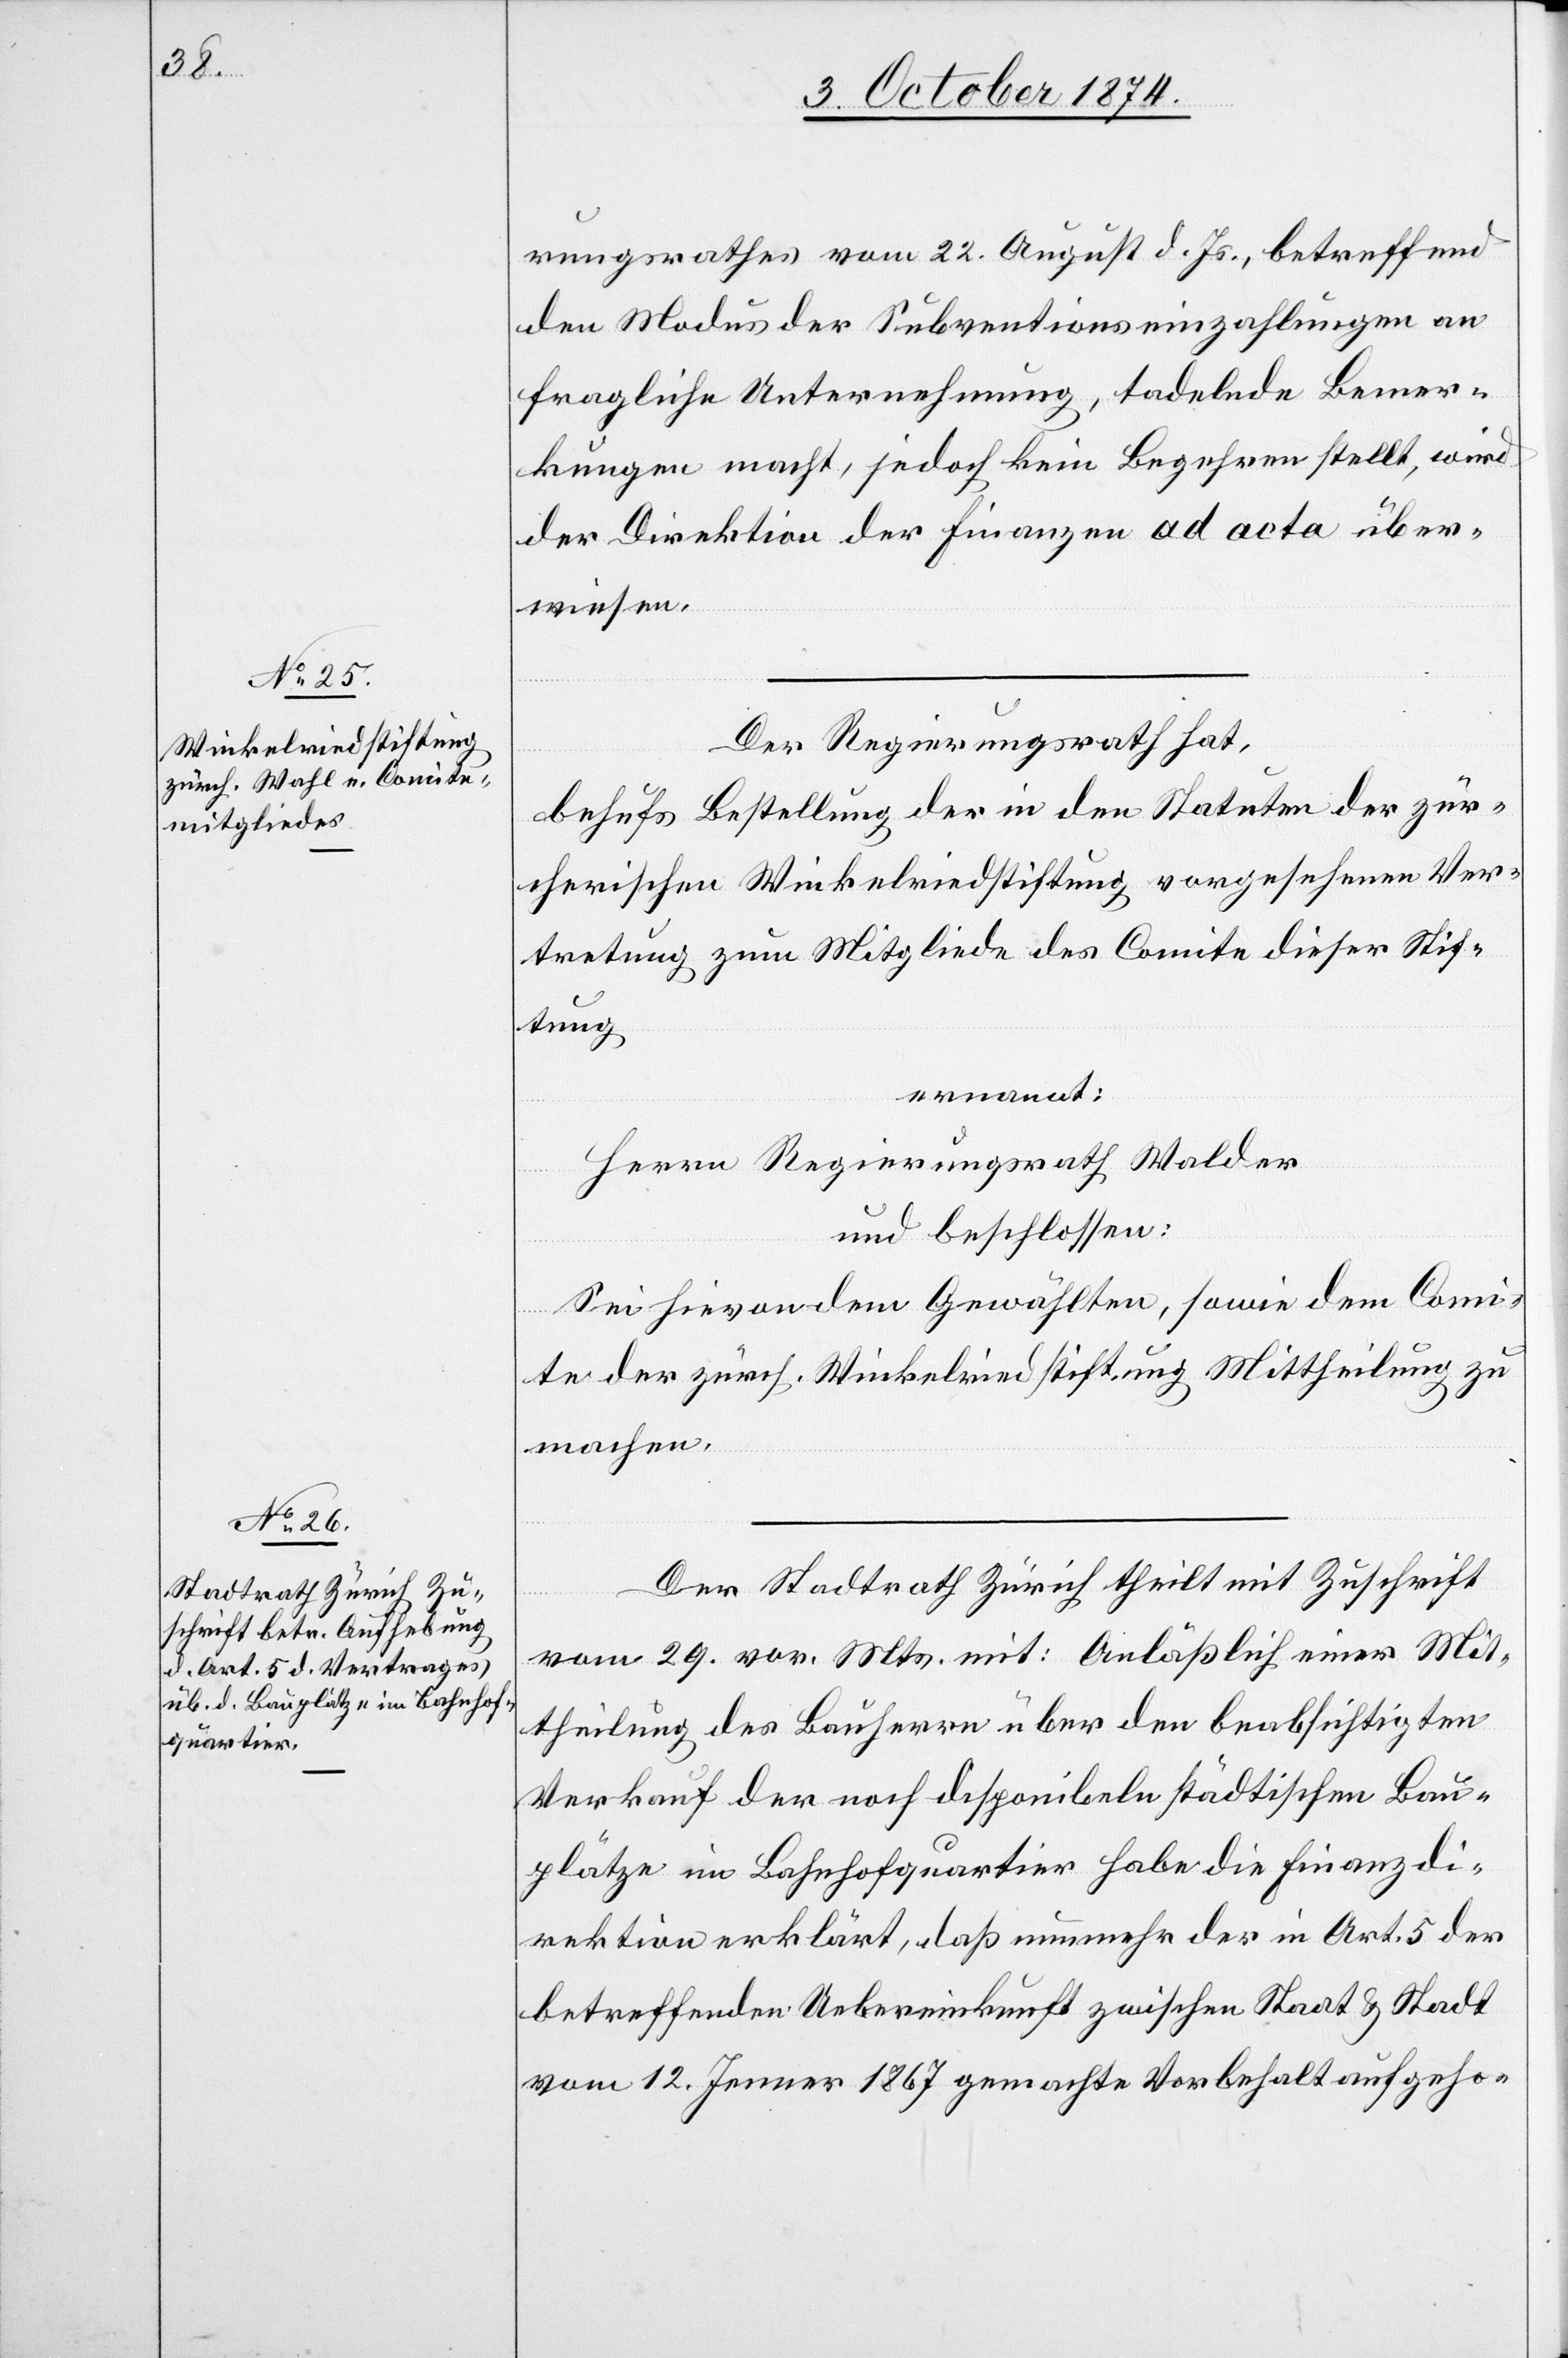
rungsrathes vom 22. August d. Js., betreffend
den Modus der Subventionseinzahlungen an
fragliche Unternehmung, tadelnde Bemer¬
kungen macht, jedoch kein Begehren stellt, wird
der Direktion der Finanzen ad acta über¬
wiesen.
Der Regierungsrath hat,
behufs Bestellung der in den Statuten der zür¬
cherischen Winkelriedstiftung vorgesehenen Ver¬
tretung zum Mitgliede des Comite dieser Stif¬
tung
ernannt:
Herrn Regierungsrath Walder
und beschlossen:
Sei hievon dem Gewählten, sowie dem Comi¬
te der zürch. Winkelriedstiftung Mittheilung zu
machen.
Der Stadtrath Zürich theilt mit Zuschrift
vom 29. vor. Mts. mit: Anläßlich einer Mit¬
theilung des Bauherrn über den beabsichtigten
Verkauf der noch disponibeln städtischen Bau¬
plätze im Bahnhofquartier habe die Finanzdi¬
rektion erklärt, daß nunmehr der in Art. 5 der
betreffenden Uebereinkunft zwischen Staat & Stadt
vom 12. Jenner 1867 gemachte Vorbehalt aufgeho-